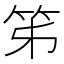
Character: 笫